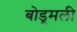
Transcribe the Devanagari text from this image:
बोडूमली